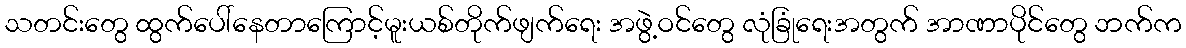
သတင်းတွေ ထွက်ပေါ်နေတာကြောင့်မူးယစ်တိုက်ဖျက်ရေး အဖွဲ့ဝင်တွေ လုံခြုံရေးအတွက် အာဏာပိုင်တွေ ဘက်က